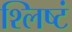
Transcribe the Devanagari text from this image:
श्लिष्टं